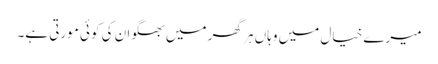
میرے خیال میں وہاں ہر گھر میں بھگوان کی کوئی مورتی ہے۔